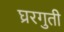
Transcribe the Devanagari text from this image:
घ्ररगुती